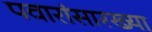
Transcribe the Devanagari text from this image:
पवारांसारख्या